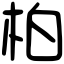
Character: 柏